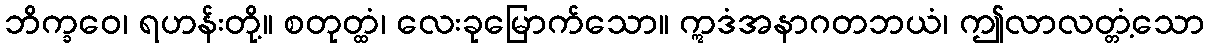
ဘိက္ခဝေ၊ ရဟန်းတို့။ စတုတ္ထံ၊ လေးခုမြောက်သော။ ဣဒံအနာဂတဘယံ၊ ဤလာလတ္တံ့သော